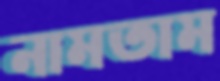
নামতাম